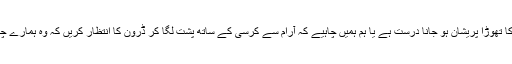
کیا آپ اس خیال کے آتے ہی آپ کا تھوڑا پریشان ہو جانا درست ہے یا ہم ہمیں چاہیے کہ آرام سے کرسی کے ساتھ پشت لگا کر ڈرون کا انتظار کریں کہ وہ ہمارے چیز بالز یا پیزا کب ڈلیور کرے گا۔